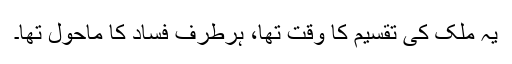
یہ ملک کی تقسیم کا وقت تھا، ہرطرف فساد کا ماحول تھا۔